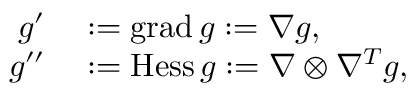
\begin{array} { r l } { g ^ { \prime } } & { { } : = \operatorname { g r a d } g : = \nabla g , } \\ { g ^ { \prime \prime } } & { { } : = \operatorname * { H e s s } g : = \nabla \otimes \nabla ^ { T } g , } \end{array}